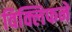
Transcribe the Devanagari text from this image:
विक्लिफने